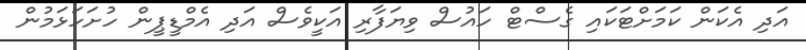
އަދި އެކަން ކަމަށްޓަކައި ގެސްޓް ހައުސް ވިޔަފާރި އަކީވެސް އަދި އެމްޑީޕީން ހުށަހަޅަމުން